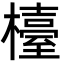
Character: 檯